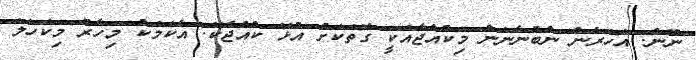
ނޫން. އަހަރެން ނުބުނާނަން މިކުއްޖާއަކީ ގޮތަކަށް އުޅޭ ކުއްޖެކޭ. އެކަމަކު މިހާރު މިކަހަލަ